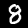
Digit: 8